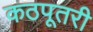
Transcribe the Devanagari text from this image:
कठपूतरी